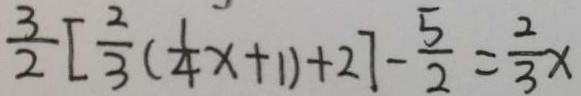
\frac { 3 } { 2 } [ \frac { 2 } { 3 } ( \frac { 1 } { 4 } x + 1 ) + 2 ] - \frac { 5 } { 2 } = \frac { 2 } { 3 } x